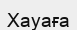
Хауаға